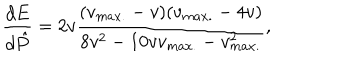
{ \frac { d E } { d \hat { P } } } = 2 v { \frac { ( v _ { m a x . } - v ) ( v _ { m a x . } - 4 v ) } { 8 v ^ { 2 } - 1 0 v v _ { m a x . } - v _ { m a x . } ^ { 2 } } } ,